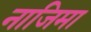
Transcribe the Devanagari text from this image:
नाजिमा